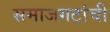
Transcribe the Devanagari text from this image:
समाजगटांची